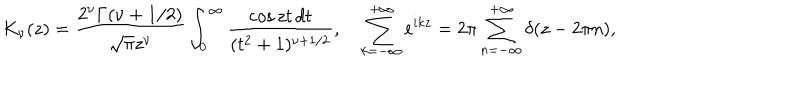
K _ { \nu } ( z ) = \frac { 2 ^ { \nu } \Gamma ( \nu + 1 / 2 ) } { \sqrt { \pi } z ^ { \nu } } \int _ { 0 } ^ { \infty } { \frac { \cos z t \, d t } { ( t ^ { 2 } + 1 ) ^ { \nu + 1 / 2 } } } , \quad \sum _ { k = - \infty } ^ { + \infty } e ^ { i k z } = 2 \pi \sum _ { n = - \infty } ^ { + \infty } \delta ( z - 2 \pi n ) ,